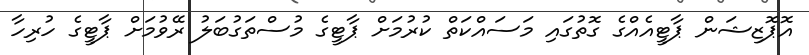
އޮޕޮޒިޝަން ޕާޓީއެއްގެ ގޮތުގައި މަސައްކަތް ކުރުމަށް ޕާޓީގެ މުސްތަގުބަލު ރޭވުމަށް ޕާޓީގެ ހުރިހާ